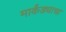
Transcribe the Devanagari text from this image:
मार्कंड्याचा